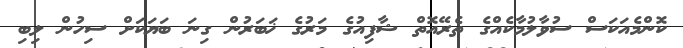
ކޮންމެއަކަސް ސުވާލުމާކެއްގެ ތެރޭއޮތް ޝާފިއުގެ މަރުގެ ޚަބަރުން ގިނަ ބަޔަކަށް ސިހުން ލިބި